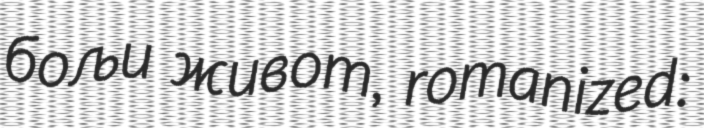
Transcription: бољи живот, romanized: